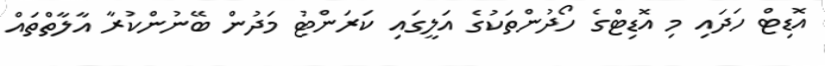
އޮޑިޓް ހަދައި މި އޮޑިޓްގެ ހޯދުންތަކުގެ އަލީގައި ކަރަންޓު މަދުން ބޭނުންކުރާ އާލާތްތައް